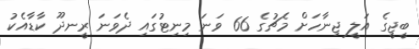
ބީޖީގެ އަލީ ޖިނާހަށް މެޗުގެ 66 ވަނަ މިނިޓުގައި ދެވަނަ ރީނދޫ ކާޑާއެކު